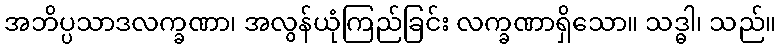
အဘိပ္ပသာဒလက္ခဏာ၊ အလွန်ယုံကြည်ခြင်း လက္ခဏာရှိသော။ သဒ္ဓါ၊ သည်။